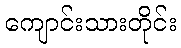
ကျောင်းသားတိုင်း